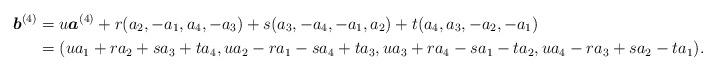
LaTeX: \begin{align*}\boldsymbol{b}^{(4)}&=u\boldsymbol{a}^{(4)}+r(a_2, -a_1, a_4, -a_3)+s(a_3, -a_4, -a_1, a_2)+t(a_4, a_3, -a_2, -a_1)\\&=(ua_1+ra_2+sa_3+ta_4, ua_2-ra_1-sa_4+ta_3, ua_3+ra_4-sa_1-ta_2, ua_4-ra_3+sa_2-ta_1).\end{align*}